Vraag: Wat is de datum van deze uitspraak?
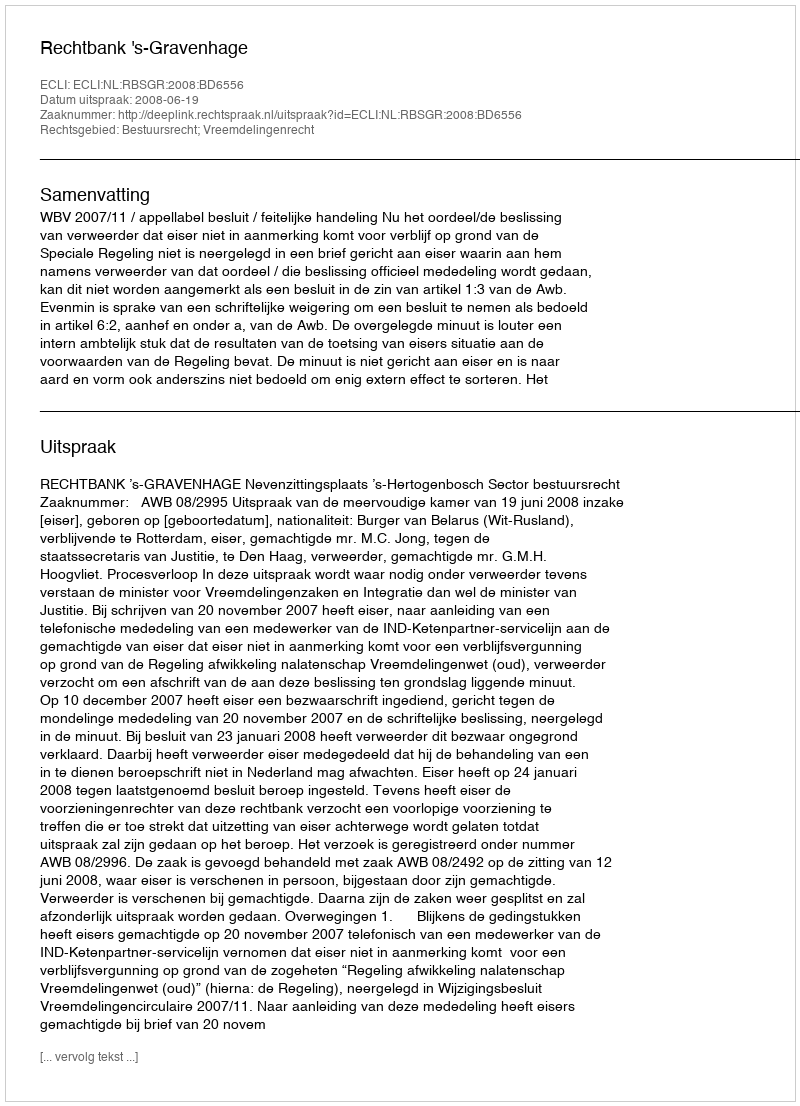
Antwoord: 2008-06-19